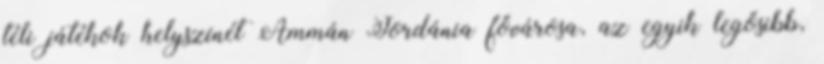
téli játékok helyszínét Ammán Jordánia fővárosa, az egyik legősibb,